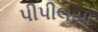
પીપીલયા